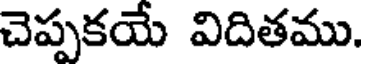
చెప్పకయే విదితము.